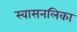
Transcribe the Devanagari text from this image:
स्वासनलिका